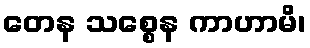
တေန သစ္စေန ကာဟာမိ၊